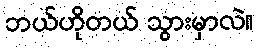
ဘယ်ဟိုတယ် သွားမှာလဲ။